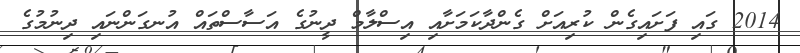
2014 ގައި ފަށައިގެން ކުރިއަށް ގެންދާކަމަށާއި އިސްލާމް ދީނުގެ އަސާސްތައް އުނގަންނައި ދިނުމުގެ